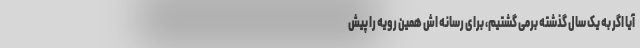
آیا اگر به یک سال گذشته برمی گشتیم، برای رسانه اش همین رویه را پیش